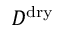
D ^ { \mathrm { d r y } }